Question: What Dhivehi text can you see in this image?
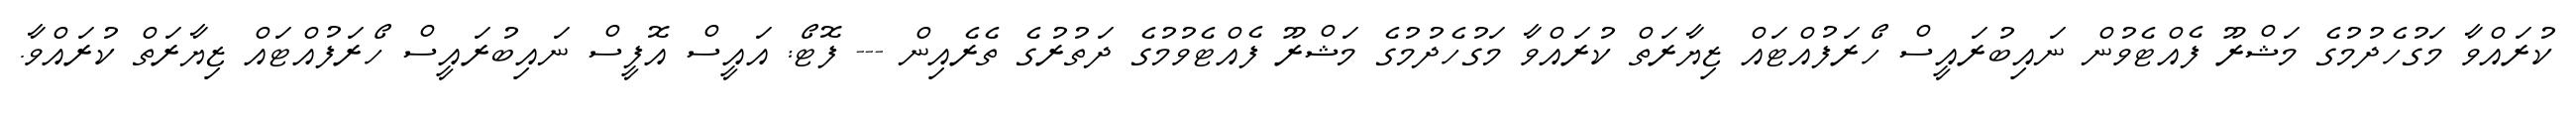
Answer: ކުރައްވާ މަގުހެދުމުގެ މަޝްރޫ ފެއްޓެވުން ނައިބުރައީސް ހޯރަފުއްޓައް ޒިޔާރަތް ކުރައްވާ މަގުހެދުމުގެ މަޝްރޫ ފެއްޓެވުމުގެ ދަތުރުގެ ތެރެއިން --- ފޮޓޯ: އައީސް އޮފީސް ނައިބުރައީސް ހޯރަފުއްޓައް ޒިޔާރަތް ކުރައްވާ.